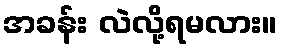
အခန်း လဲလို့ရမလား။